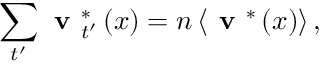
\sum _ { t ^ { \prime } } \textbf { v } _ { t ^ { \prime } } ^ { * } \left( x \right) = n \left< \textbf { v } ^ { * } \left( x \right) \right> ,